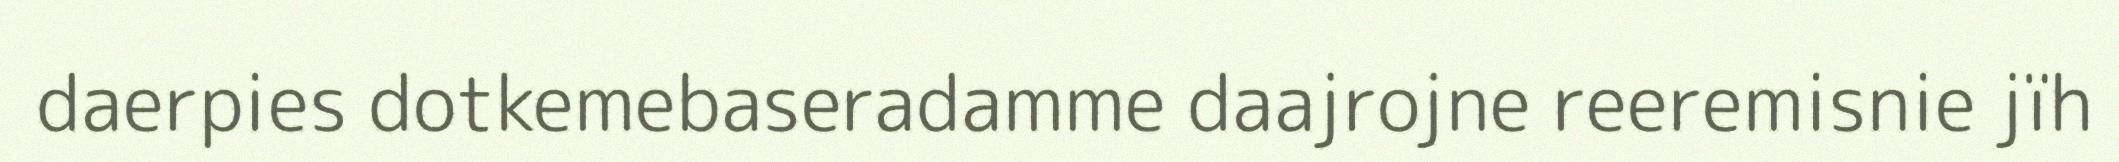
daerpies dotkemebaseradamme daajrojne reeremisnie jïh